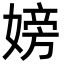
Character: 嫎